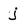
Character: j